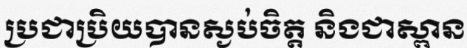
ប្រជាប្រិយបានស្ងប់ចិត្ត និងជាស្ពាន